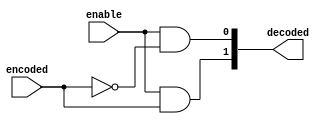
`timescale 1ns/1ps

module decoder(enable, encoded, decoded);

	parameter N = 1;

	input enable;
	input [(N-1):0] encoded;
	output [(2**N-1):0] decoded;

	genvar ii;

	generate for(ii = 0; ii < 2**N; ii = ii + 1) begin : DECODER_AND_GATES
		assign decoded[ii] = enable & &(encoded ~^ ii);
	end endgenerate

endmodule